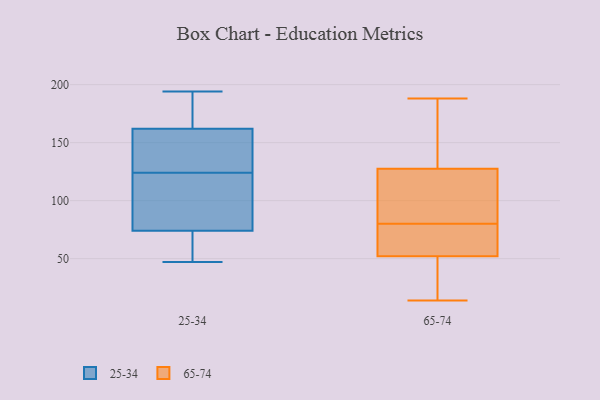
{"axis": {"x": "Operating Costs (USD K)", "y": "Value"}, "legend": ["25-34", "65-74"], "data": [{"x": "", "y": 194, "type": "25-34"}, {"x": "", "y": 83, "type": "25-34"}, {"x": "", "y": 74, "type": "25-34"}, {"x": "", "y": 146, "type": "25-34"}, {"x": "", "y": 181, "type": "25-34"}, {"x": "", "y": 102, "type": "25-34"}, {"x": "", "y": 47, "type": "25-34"}, {"x": "", "y": 149, "type": "25-34"}, {"x": "", "y": 61, "type": "25-34"}, {"x": "", "y": 162, "type": "25-34"}, {"x": "", "y": 31, "type": "65-74"}, {"x": "", "y": 188, "type": "65-74"}, {"x": "", "y": 22, "type": "65-74"}, {"x": "", "y": 64, "type": "65-74"}, {"x": "", "y": 136, "type": "65-74"}, {"x": "", "y": 114, "type": "65-74"}, {"x": "", "y": 80, "type": "65-74"}, {"x": "", "y": 59, "type": "65-74"}, {"x": "", "y": 83, "type": "65-74"}, {"x": "", "y": 14, "type": "65-74"}, {"x": "", "y": 129, "type": "65-74"}, {"x": "", "y": 127, "type": "65-74"}, {"x": "", "y": 65, "type": "65-74"}]}